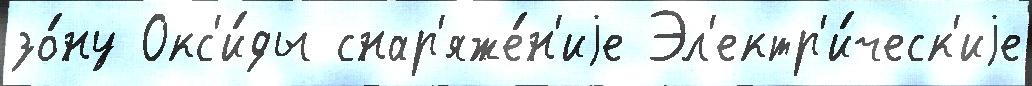
зо́ну Окс'и́ды снар'яже́н'иjе Эл'ектр'и́ческ'иjе